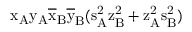
\mathrm { x _ { A } \mathrm { y _ { A } \mathrm { \overline { { x } } _ { B } \mathrm { \overline { { y } } _ { B } ( \mathrm { s _ { A } ^ { 2 } \mathrm { z _ { B } ^ { 2 } + \mathrm { z _ { A } ^ { 2 } \mathrm { s _ { B } ^ { 2 } ) } } } } } } } }